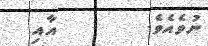
ނުވެއެވެ.       އާއި